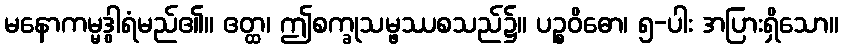
မနောကမ္မဒွါရံမည်၏။ ဧတ္ထ၊ ဤစက္ခုသမ္ဖဿစသည်၌။ ပဉ္စဝိဓော၊ ၅-ပါး အပြားရှိသော။